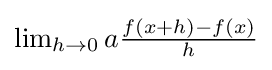
{\textstyle \lim _{h\to 0}a{\frac {f(x+h)-f(x)}{h}}}